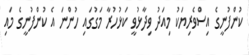
ކުންފުނީގެ އިސްވެރިޔަކު މިއަދު ވިދާޅުވީ ކަޅުހުރާ މަގުގައި ހުންނަ އެ ކުންފުނީގެ މައި